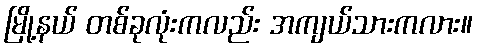
မြို့နယ် တစ်ခုလုံးကလည်း အကျယ်သားကလား။